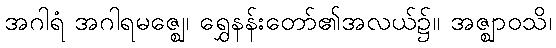
အဂါရံ အဂါရမဇ္ဈေ၊ ရွှေနန်းတော်၏အလယ်၌။ အဇ္ဈာဝသိ၊